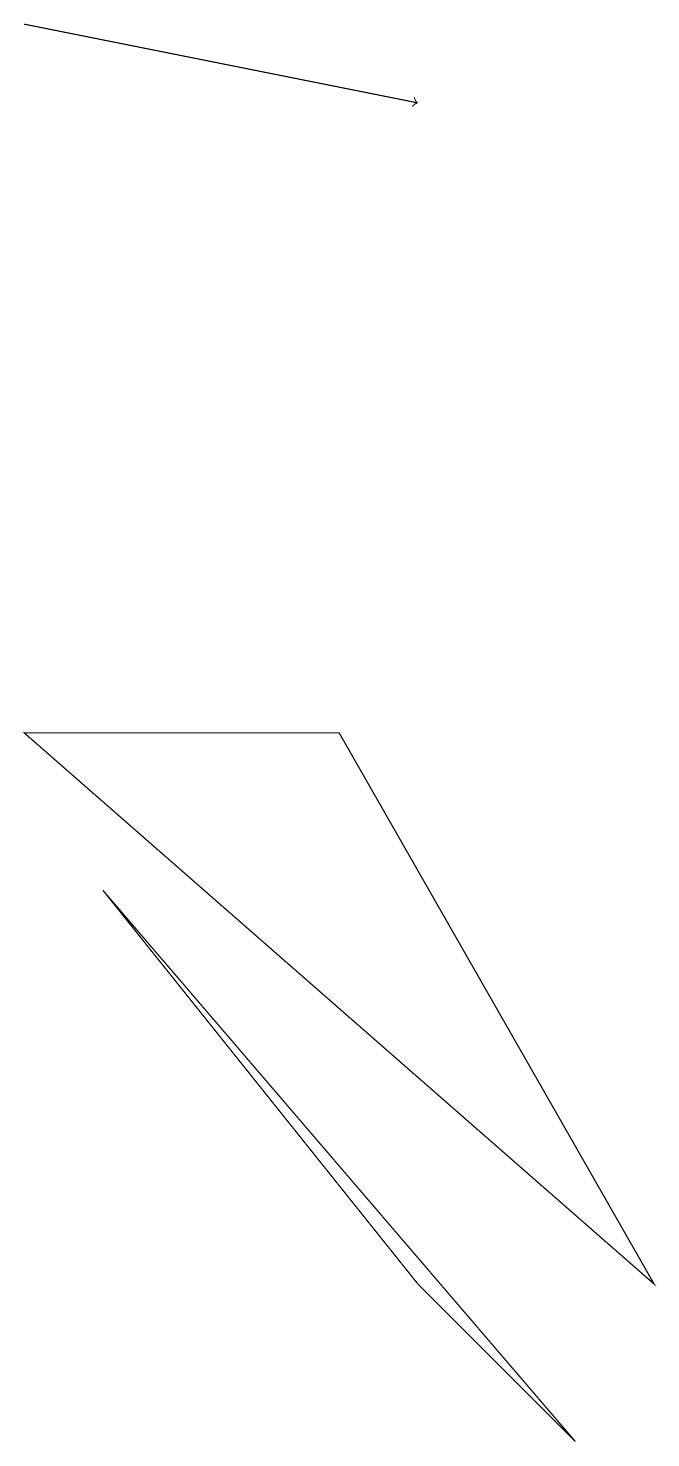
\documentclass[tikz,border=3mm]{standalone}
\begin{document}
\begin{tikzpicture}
\draw (5,2) -- (7,0) -- (1,7) -- cycle;
\draw[->] (0,18) -- (5,17);
\draw (8,2) -- (4,9) -- (0,9) -- cycle;
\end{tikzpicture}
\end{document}